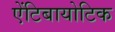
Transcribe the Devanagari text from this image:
एेंटिबायोटिक